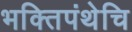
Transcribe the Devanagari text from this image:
भक्तिपंथेचि